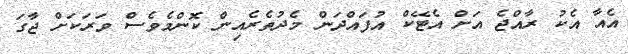
އެއާ އެކު ރާއްޖެ އަށް އެޓޭކް އުފައްދަން މެދުތެރެއިން ކޮންމެވެސް ވަރަކަށް ޖާގަ